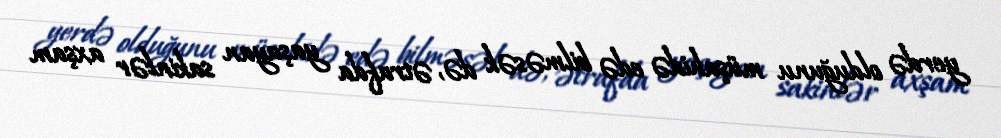
yerdə olduğunu müşahidə edə bilməsək də, ətrafda yaşayan sakinlər axşam